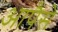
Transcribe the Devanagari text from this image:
आपैसे